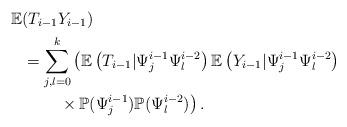
LaTeX: \begin{align*} \mathbb{E}&(T_{i-1}Y_{i-1}) \\ &= \sum_{j,l=0}^k\left(\mathbb{E}\left(T_{i-1}|\Psi_j^{i-1}\Psi_l^{i-2}\right)\mathbb{E}\left(Y_{i-1}|\Psi_j^{i-1}\Psi_l^{i-2}\right)\right.\\ &\qquad\left.\vphantom{\mathbb{E}\left(T_{i-1}|\Psi_j^{i-1}\Psi_l^{i-2}\right)}\times\mathbb{P}(\Psi_j^{i-1})\mathbb{P}(\Psi_l^{i-2})\right) . \end{align*}